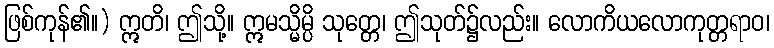
ဖြစ်ကုန်၏။) ဣတိ၊ ဤသို့။ ဣမသ္မိမ္ပိ သုတ္တေ၊ ဤသုတ်၌လည်း။ လောကိယလောကုတ္တရာဝ၊